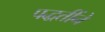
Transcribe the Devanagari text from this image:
पद्धतींने